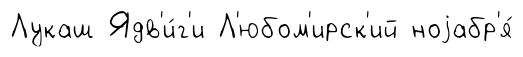
Лукаш Ядв'и́г'и Л'юбом'ирск'ий ноjабр'я́